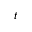
t